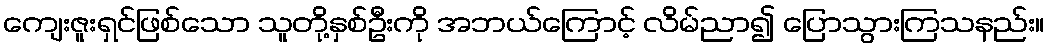
ကျေးဇူးရှင်ဖြစ်သော သူတို့နှစ်ဦးကို အဘယ်ကြောင့် လိမ်ညာ၍ ပြောသွားကြသနည်း။